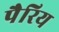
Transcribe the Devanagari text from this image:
पैरिय